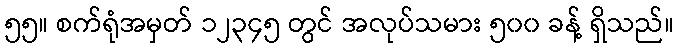
၅၅။ စက်ရုံအမှတ် ၁၂၃၄၅ တွင် အလုပ်သမား ၅၀၀ ခန့် ရှိသည်။